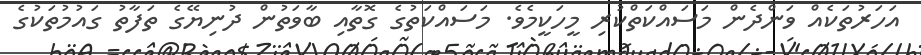
އަހަރުތަކެއް ވަންދެން މަސައްކަތްކުރި މީހަކީމެވެ. މަސައްކަތުގެ ގޮތާއި ބާވަތުން ދުނިޔޭގެ ތަފާތު ގައުމުތަކުގެ